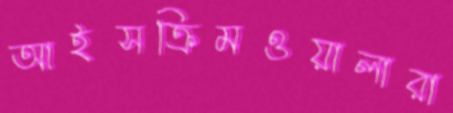
আইসক্রিমওয়ালারা